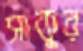
সাকুর